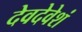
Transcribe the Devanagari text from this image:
देवदेवेशं